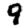
Digit: 9